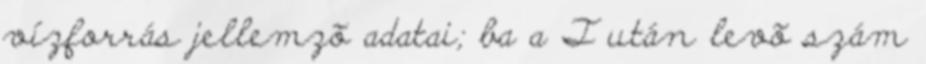
vízforrás jellemzõ adatai; ba a T után levõ szám